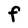
Character: F